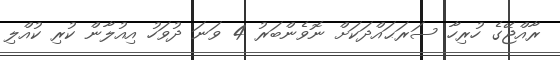
ރާއްޖޭގެ ހުރިހާ ސަރަޙައްދަކަށް ނޮވެންބަރު 4 ވަނަ ދުވަހު އިއުލާން ކުރި ކުއްލި